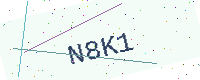
Text: N8K1